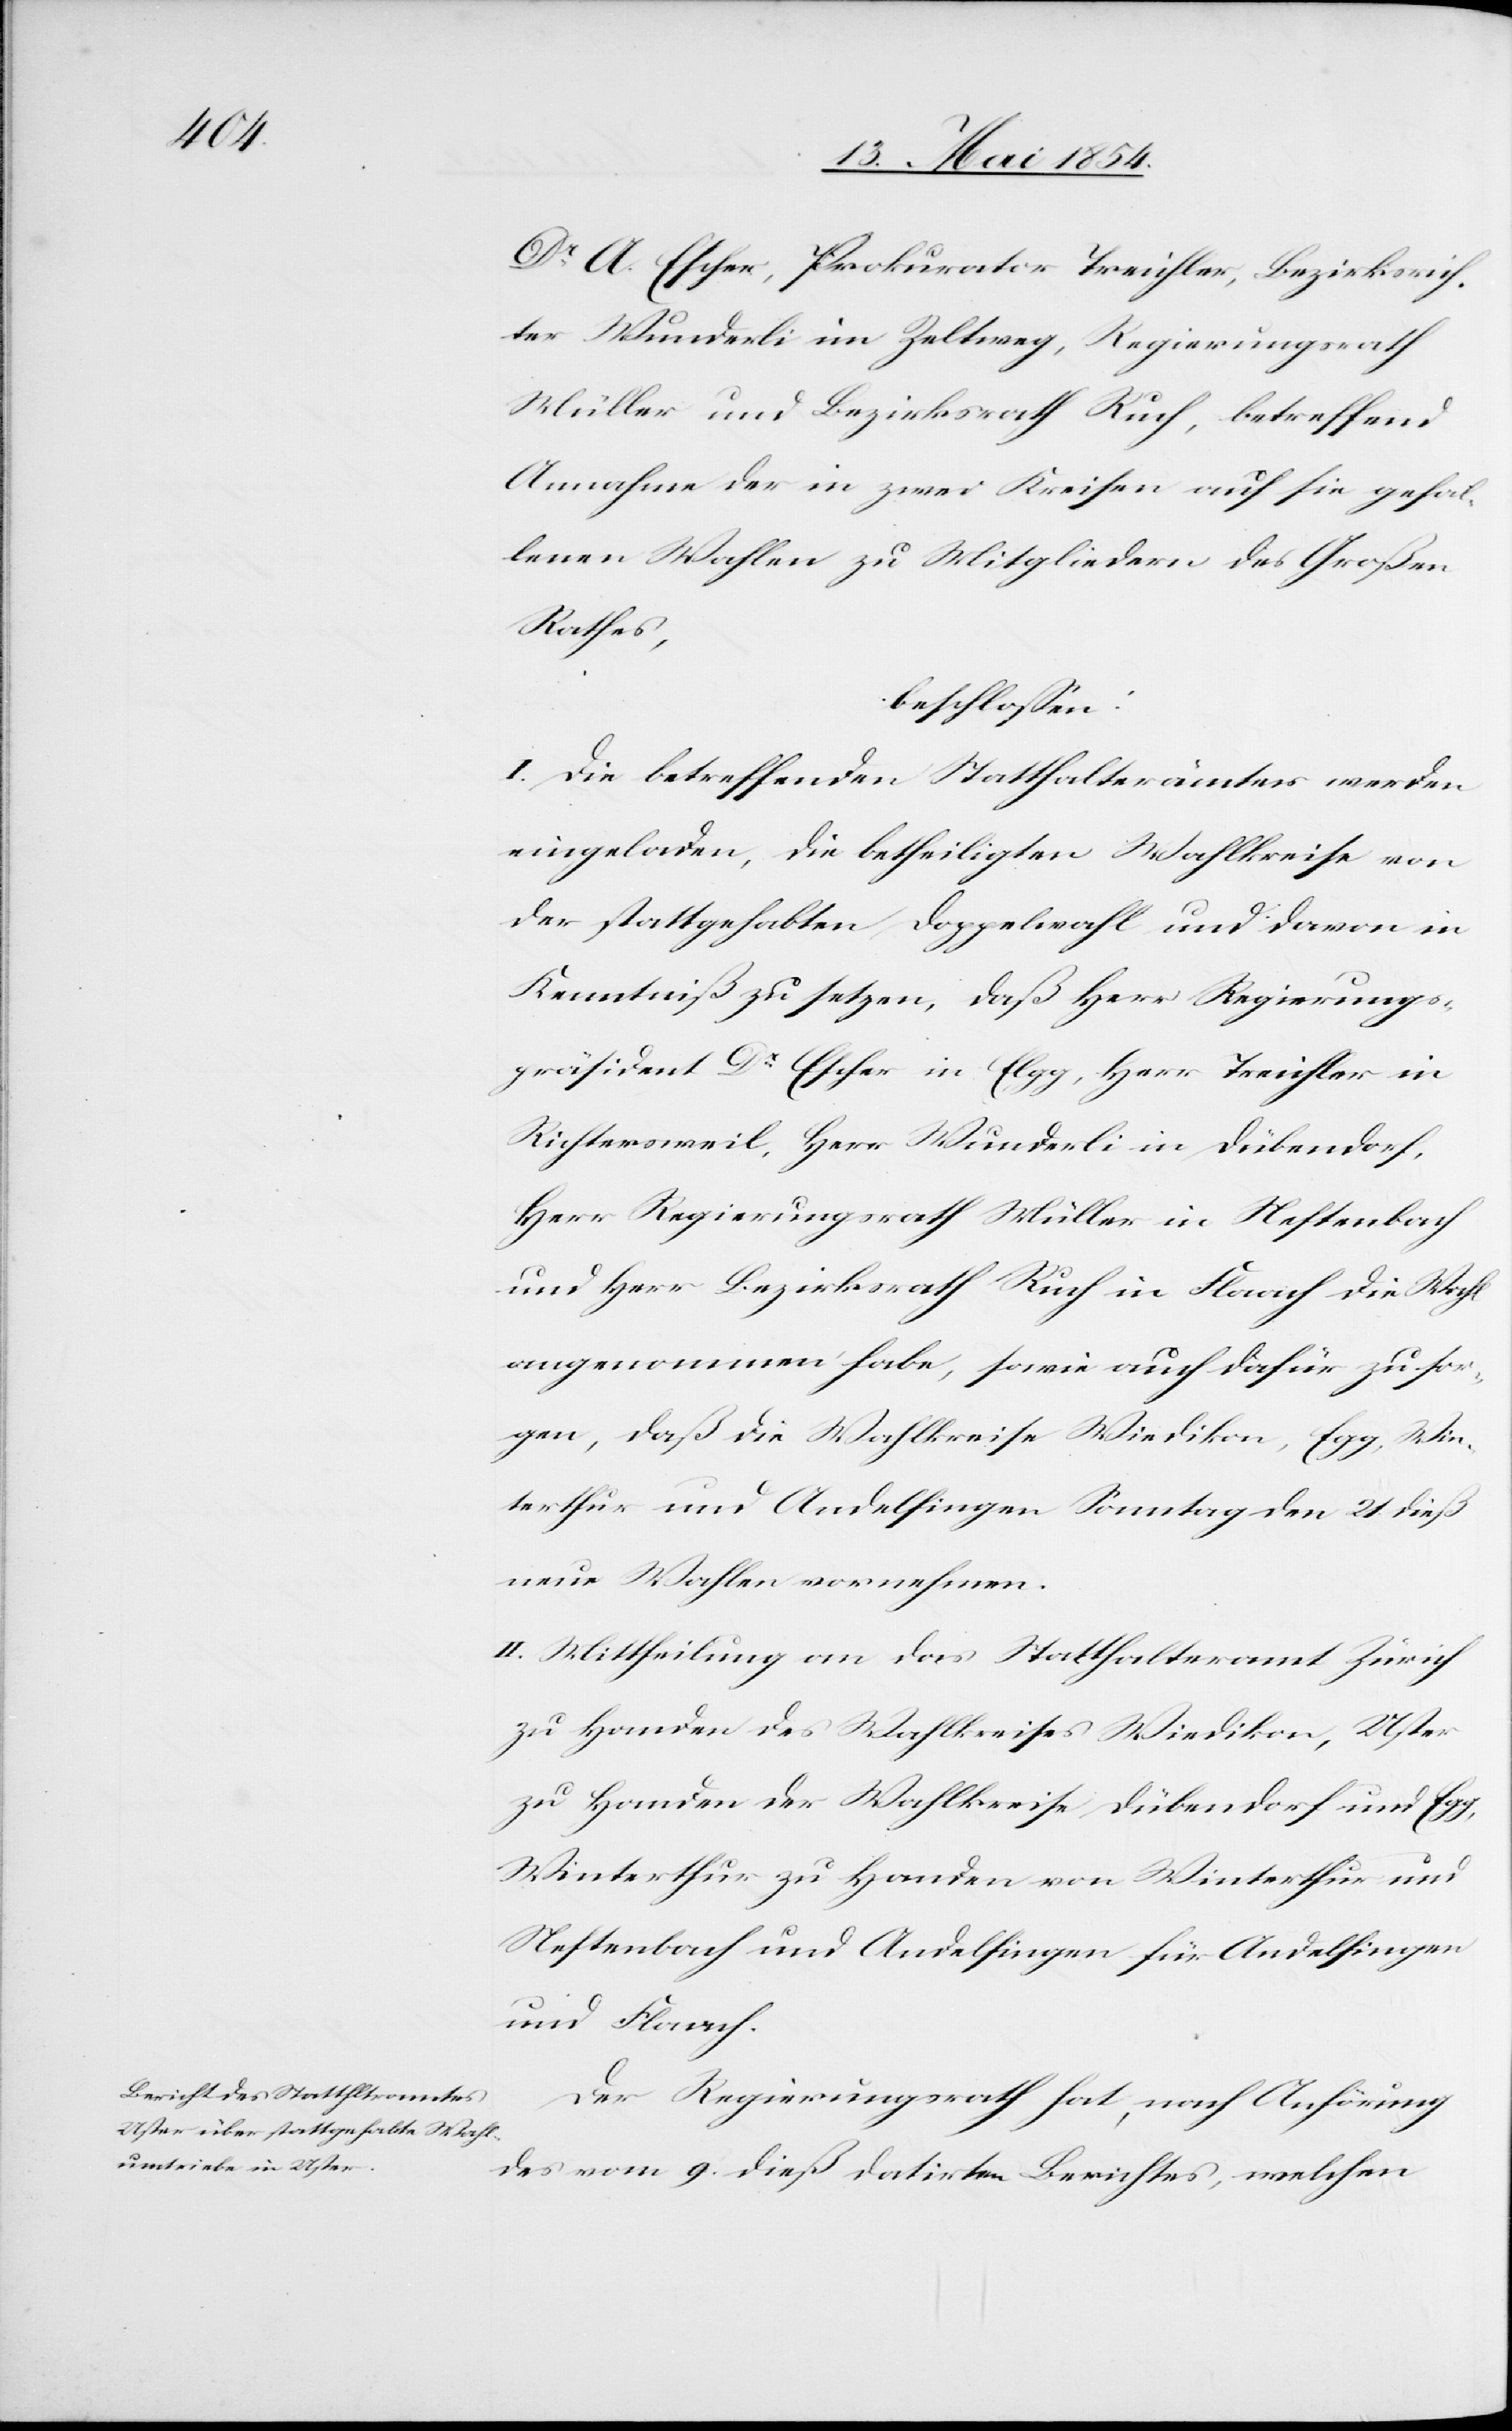
Dr A. Escher, Prokurator Treichler, Bezirksrich¬
ter Wunderli im Zeltweg, Regierungsrath
Müller und Bezirksrath Ruch, betreffend
Annahme der in zwei Kreisen auf sie gefal¬
lenen Wahlen zu Mitgliedern des Großen
Rathes,
beschloßen:
I. Die betreffenden Statthalterämter werden
eingeladen, die betheiligten Wahlkreise von
der stattgehabten Doppelwahl und davon in
Kenntniß zu setzen, daß Herr Regierungs¬
präsident Dr Escher in Elgg, Herr Treichler in
Richterswil, Herr Wunderli in Dübendorf,
Herr Regierungsrath Müller in Neftenbach
und Herr Bezirksrath Ruch in Flaach die Wahl
angenommen habe, sowie auch dafür zu sor¬
gen, daß die Wahlkreise Wiedikon, Egg, Win¬
terthur und Andelfingen Sonntag den 21. dieß
neue Wahlen vornehmen.
II. Mittheilung an das Statthalteramt Zürich
zu Handen des Wahlkreises Wiedikon, Uster
zu Handen der Wahlkreise Dübendorf und Egg,
Winterthur zu Handen von Winterthur und
Neftenbach und Andelfingen für Andelfingen
und Flaach.
Der Regierungsrath hat, nach Anhörung
des vom 9. dieß datirten Berichtes, welchen